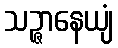
သဉ္ဇာနေယျံ